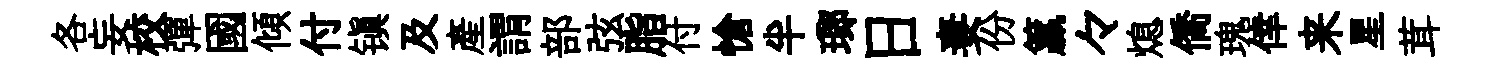
各妄校彈國傾付镇及産謂部弦脂付愴半瑯日妻份籯々熄僑瑰倖来星茸